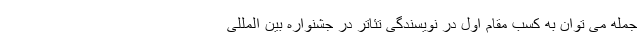
جمله می توان به کسب مقام اول در نویسندگی تئاتر در جشنواره بین المللی